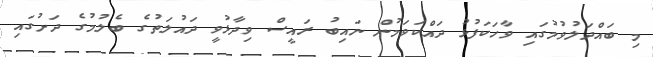
މި ބައްދަލުވުމުގައި ވާހަކަފުޅު ދައްކަވަމުން ނައިބު ރައީސް ވިދާޅުވީ ދައުލަތުގެ ބެލުމުގެ ދަށުގައި